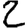
Digit: 2